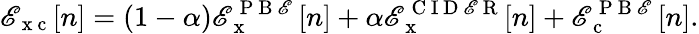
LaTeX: \mathscr{E}_{\mathrm{{~x~c~}}}[n]=(1-\alpha)\mathscr{E}_{\mathrm{{~x~}}}^{\mathrm{{~P~B~\mathscr{E}~}}}[n]+\alpha\mathscr{E}_{\mathrm{{~x~}}}^{\mathrm{{~C~I~D~\mathscr{E}~R~}}}[n]+\mathscr{E}_{\mathrm{{~c~}}}^{\mathrm{{~P~B~\mathscr{E}~}}}[n].